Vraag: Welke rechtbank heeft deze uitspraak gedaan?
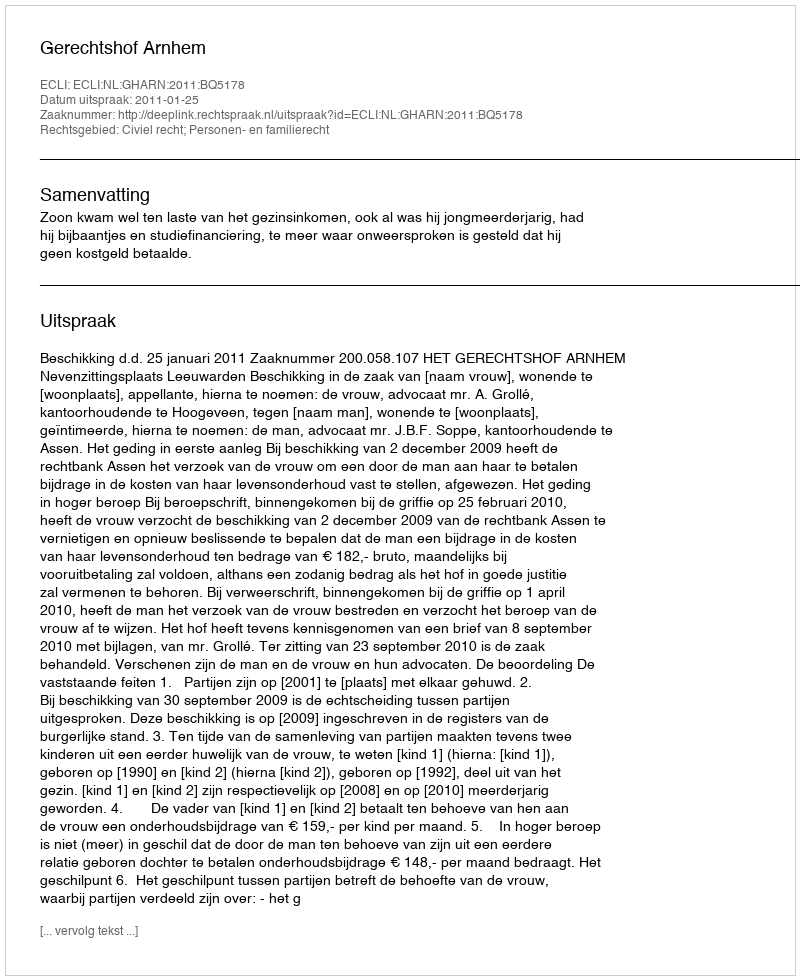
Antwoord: Gerechtshof Arnhem